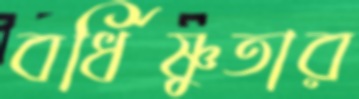
বর্ধিষ্ণুতার